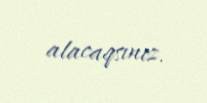
alacaqsınız.